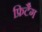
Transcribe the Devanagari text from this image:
फ्रिटैग